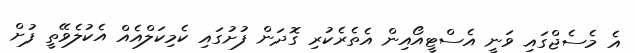
އެ މެސެޖްގައި ވަނީ އެސްޓީއޯއިން އެތެރެކުރި ގޮދަން ފުށުގައި ކެމިކަލްއެއް އެކުލެވޭތީ ފުށް